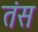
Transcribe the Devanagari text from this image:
तंस